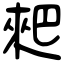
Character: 𠌊